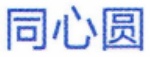
同心圆